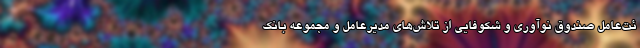
ئت‌‌عامل صندوق نوآوری و شکوفایی از تلاش‌های مدیرعامل و مجموعه بانک